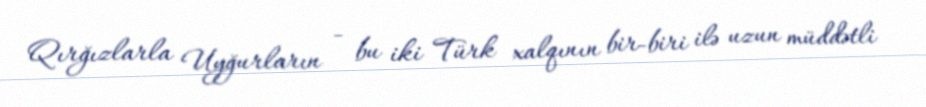
Qırğızlarla Uyğurların - bu iki Türk xalqının bir-biri ilə uzun müddətli